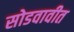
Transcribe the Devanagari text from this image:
सोडवावीत